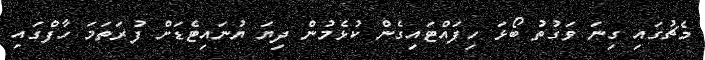
މެޗުގައި ގިނަ ވަގުތު ބޯޅަ ހިފައްޓައިގެން ކުޅެމުން ދިޔަ ޔުނައިޓެޑަށް ފުރަތަމަ ހާފްގައި